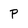
Character: p